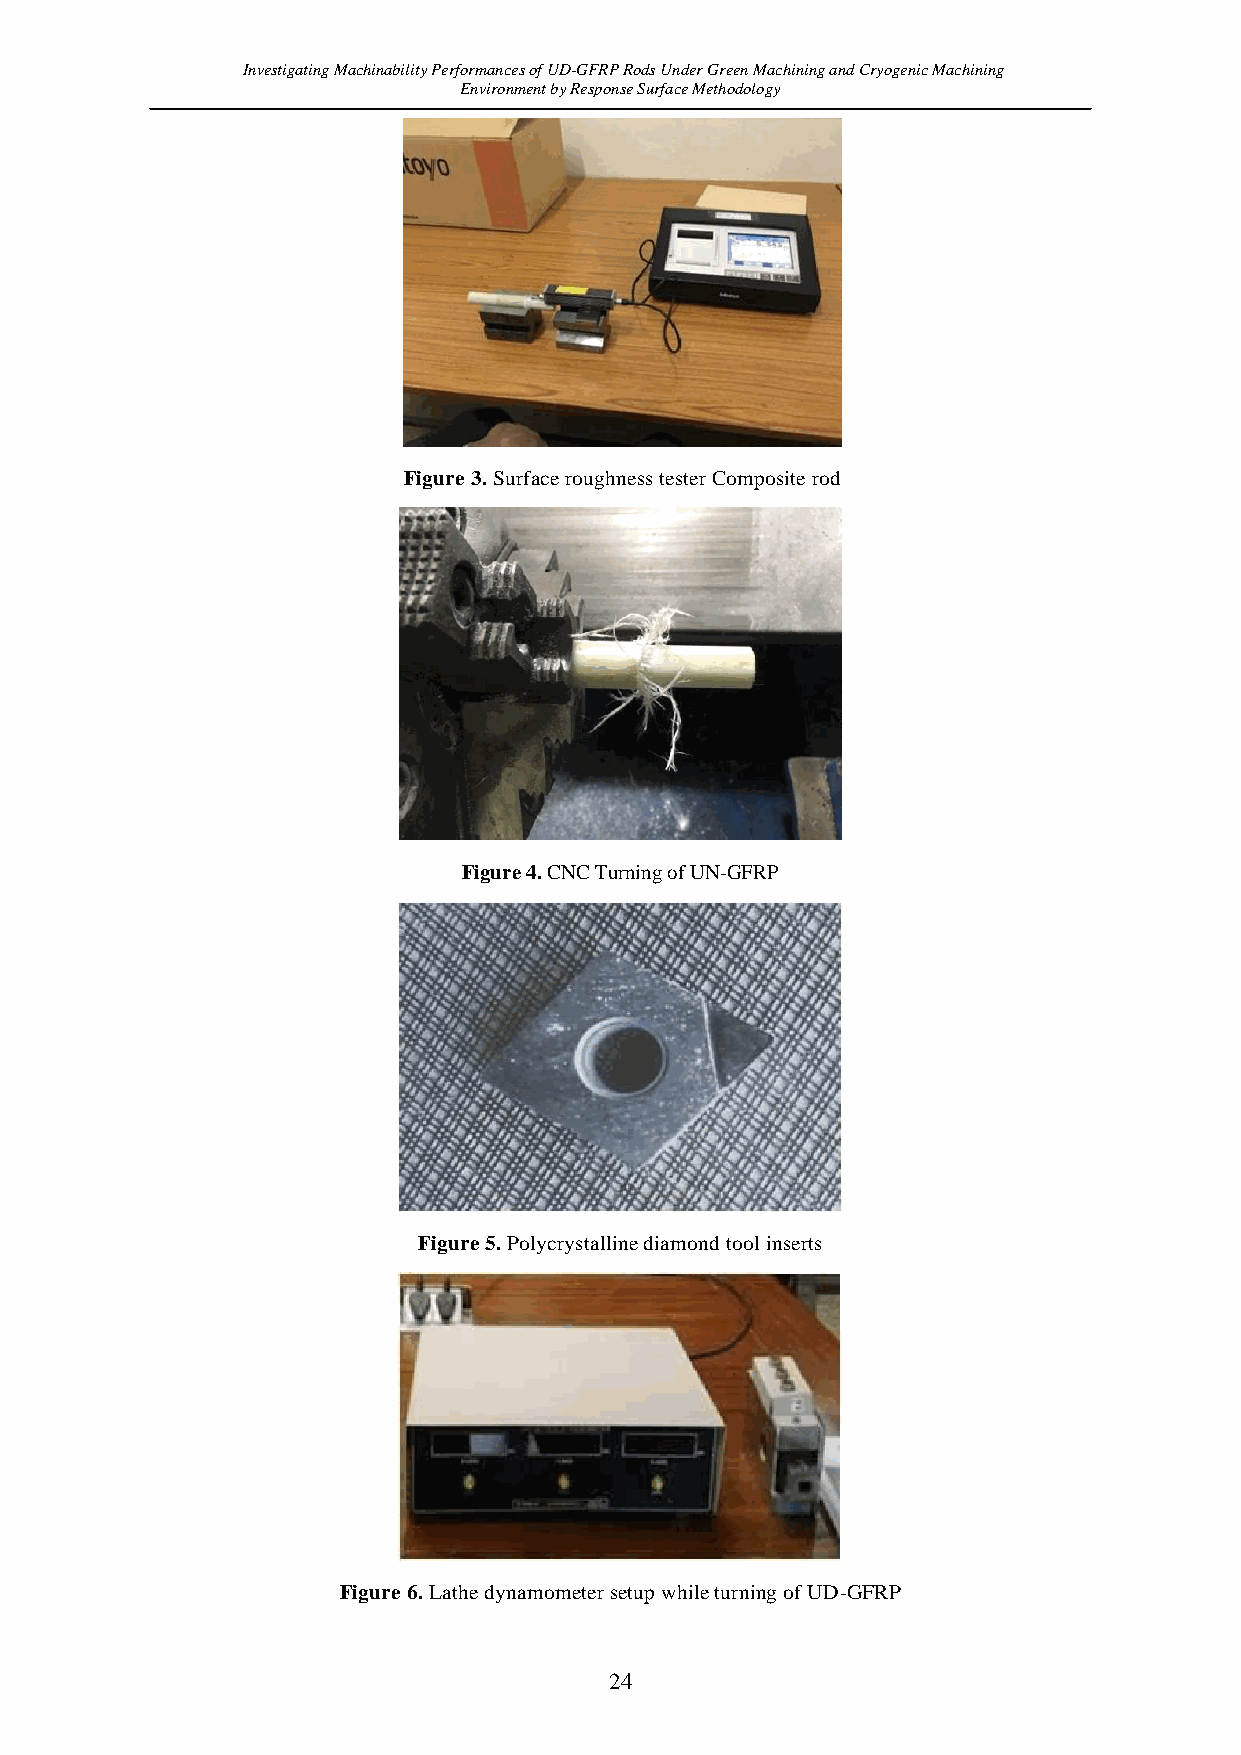
Investigating Machinability Performances of UD-GFRP Rods Under Green Machining and Cryogenic Machining
 Environment by Response Surface Methodology
 Figure 3. Surface roughness tester Composite rod
 Figure 4. CNC Turning of UN-GFRP
 Figure 5. Polycrystalline diamond tool inserts
 Figure 6. Lathe dynamometer setup while turning of UD-GFRP
 24